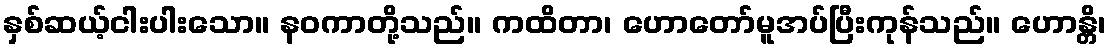
နှစ်ဆယ့်ငါးပါးသော။ နဝကာတို့သည်။ ကထိတာ၊ ဟောတော်မူအပ်ပြီးကုန်သည်။ ဟောန္တိ၊